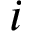
i